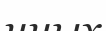
нных